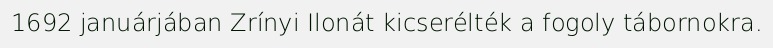
1692 januárjában Zrínyi Ilonát kicserélték a fogoly tábornokra.